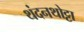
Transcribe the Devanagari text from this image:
थंदनथोट्टा